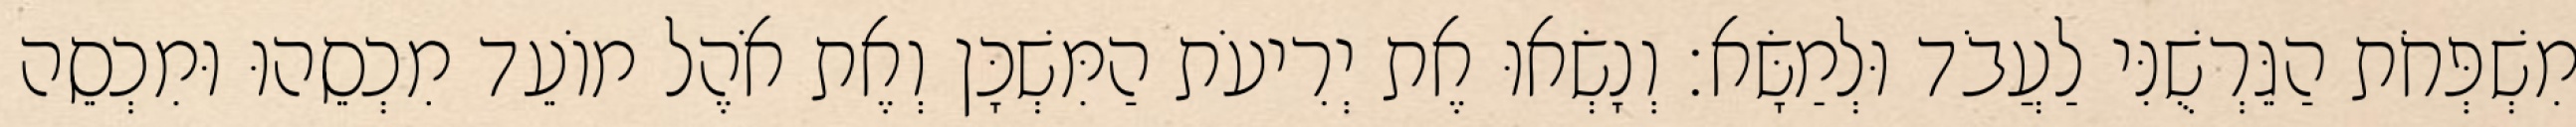
מִשְׁפְּחֹת הַגֵּרְשֻׁנִּי לַעֲבֹד וּלְמַשָּׂא׃ וְנָשְׂאוּ אֶת יְרִיעֹת הַמִּשְׁכָּן וְאֶת אֹהֶל מוֹעֵד מִכְסֵהוּ וּמִכְסֵה